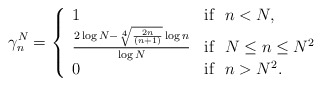
\begin{align*}\gamma^{N}_{n} &= \left\{\begin{array}{lll} 1 & \mbox{if~~} n<N,\\ \frac {2\log N- \sqrt[4]{\frac{2n}{(n+1)}}\log n}{\log N} & \mbox{if~~} N\leq n\leq N^{2}\\ 0 & \mbox{if~~} n>N^{2}.\end{array}\right.\end{align*}